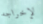
لإخراجه